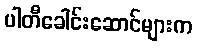
ပါတီခေါင်းဆောင်များက